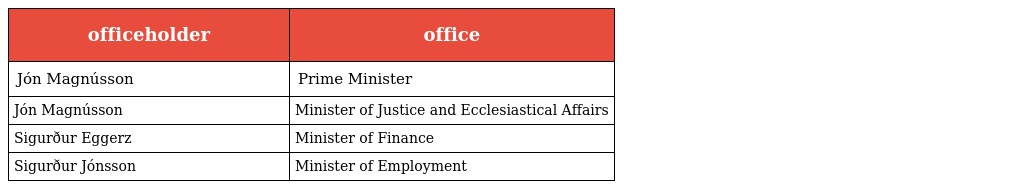
| officeholder | office |
 | --- | --- |
 | Jón Magnússon | Prime Minister |
 | Jón Magnússon | Minister of Justice and Ecclesiastical Affairs |
 | Sigurður Eggerz | Minister of Finance |
 | Sigurður Jónsson | Minister of Employment |